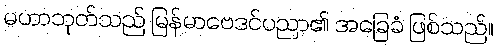
မဟာဘုတ်သည် မြန်မာဗေဒင်ပညာ၏ အခြေခံ ဖြစ်သည်။